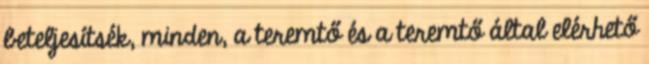
beteljesítsék, minden, a teremtő és a teremtő által elérhető